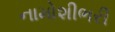
નામોશીભરી